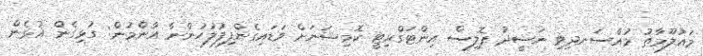
މައުލޫމާތު މުއްސަނދިވި ނަޝީދު ޕޮލިސް އިންޓަގްރިޓީ ކޮމިޝަނަށް ވަޑައިގެންފިފުލުހުންނާ އާންމުން: ގުޅިގެން އުޅެން